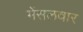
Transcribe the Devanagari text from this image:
मेंसलवार